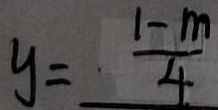
y = \frac { 1 - m } { 4 }